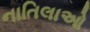
નાતિલાઓ